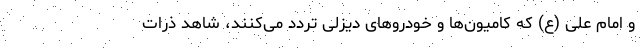
و امام علی (ع) که کامیون‌ها و خودروهای دیزلی تردد می‌کنند، شاهد ذرات